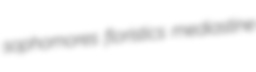
sophomores floristics mediastine